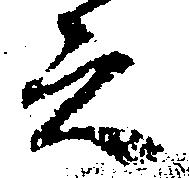
書